Civil Veterinary Dept. Bombay admin report 1932-41 - 1932-1941
Year: 1932
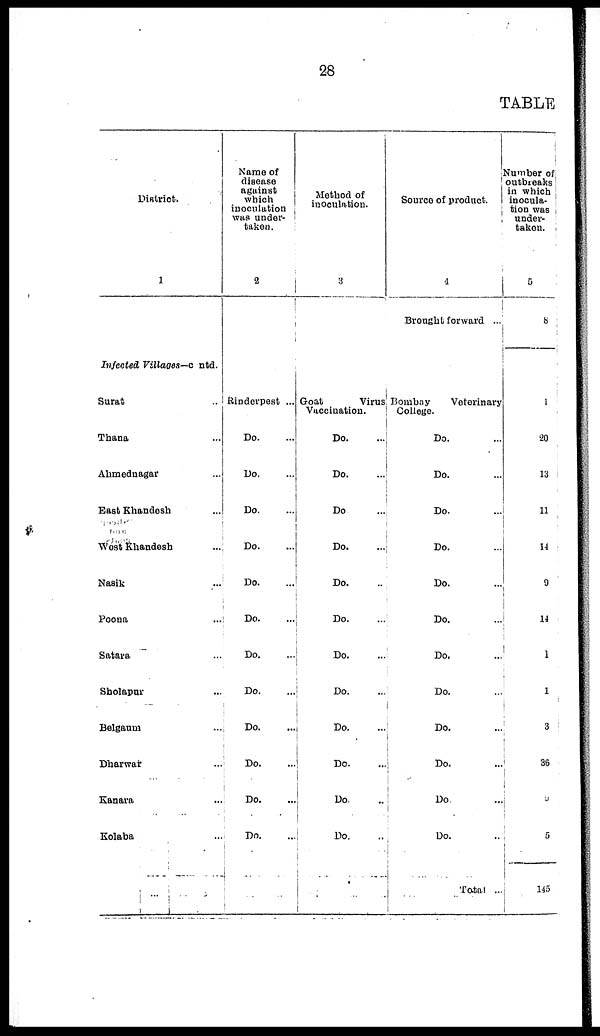
28
TABLE
District.
1
Infected Villages—c ntd.
Surat
..
Thana
...
Ahmednagar ...
East Khandesh
...
West Khandesh ...
Nasik ...
Poona ...
Satara ...
Sholapur ...
Belgaum ...
Dharwar ...
Kanara ...
Kolaba ...
Name of
disease
against
which
inoculation
was
under-
taken.
2
Rinderpest ...
Do. ...
Do. ...
Do. ...
Do. ...
Do. ...
Do. ...
Do. ...
Do. ...
Do. ...
Do. ...
Do. ...
Do. ...
Method of
inoculation.
3
Goat
Virus
Vuccination.
Do. ...
Do. ...
Do ...
Do. ...
Do. ...
Do. ...
Do....
Do. ...
Do. ...
Do. ...
Do. ...
Do. ...
...
Sourco of
product.
4
Brought forward ...
Bombay
Veterinary
College.
Do. ...
Do. ...
Do. ...
Do. ...
Do. ...
Do. ...
Do. ...
Do. ...
Do. ...
Do. ...
Do ...
Do. ...
Total ..
Number of
outbreaks
in which
inocula-
tion was
under-
taken.
5
8
1
20
13
11
14
0
14
1
1
3
36
5
5
145